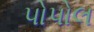
પોપોલ